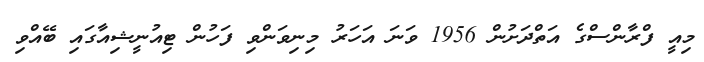
މިއީ ފްރާންސްގެ އަތްދަށުން 1956 ވަނަ އަހަރު މިނިވަންވި ފަހުން ޓިއުނީޝިއާގައި ބޭއްވި